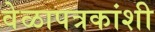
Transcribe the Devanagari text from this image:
वेळापत्रकांशी